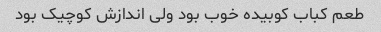
طعم کباب کوبیده خوب بود ولی اندازش کوچیک بود